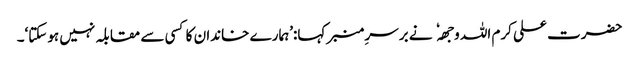
حضرت علی کرم اللہ وجھہ نے برسرِ منبر کہا:’ہمارے خاندان کا کسی سے مقابلہ نہیں ہوسکتا‘۔